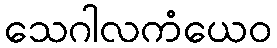
သေဂါလကံယေဝ